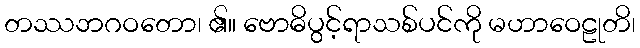
တဿဘဂဝတော၊ ၏။ ဗောဓိပွင့်ရာသစ်ပင်ကို မဟာဝေဠုတိ၊